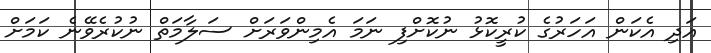
އަދި އެކަން އަހަރުގެ ކުރީކޮޅު ނުކޮށްފި ނަމަ އެމިންވަރަށް ސަލާމަތް ނުކުރެވޭނެ ކަމަށް